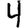
Digit: 4